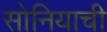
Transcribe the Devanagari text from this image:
सोनियाची